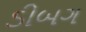
ડીબગ